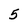
Character: 5